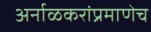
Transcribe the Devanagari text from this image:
अर्नाळकरांप्रमाणेच